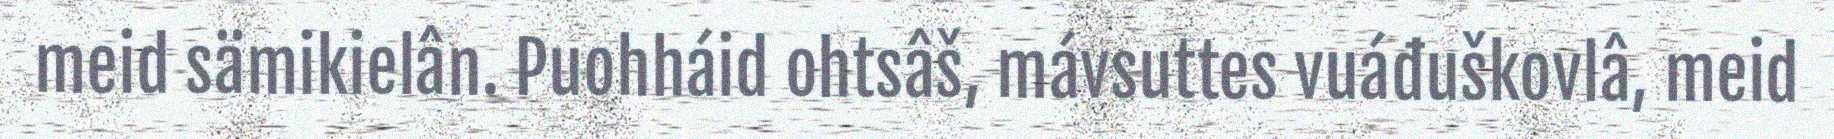
meid sämikielân. Puohháid ohtsâš, mávsuttes vuáđuškovlâ, meid